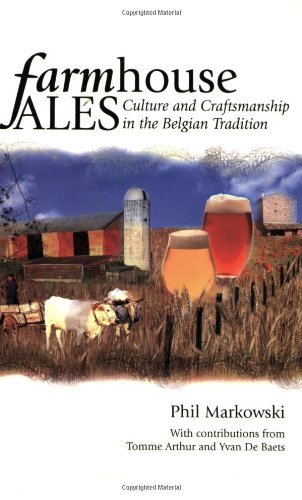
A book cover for Farmhouse Ales: Culture and Craftsmanship in the Belgian Tradition; Phil Markowski; Cookbooks, Food & Wine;